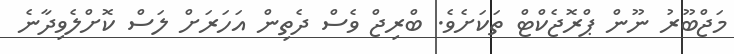
މަޖްބޫރު ނޫން ޕްރޮޖެކްޓް ތަކަށެވެ. ބްރިޖް ވެސް ދެތިން އަހަރަށް ލަސް ކޮށްލެވިދާނެ